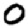
Digit: 0